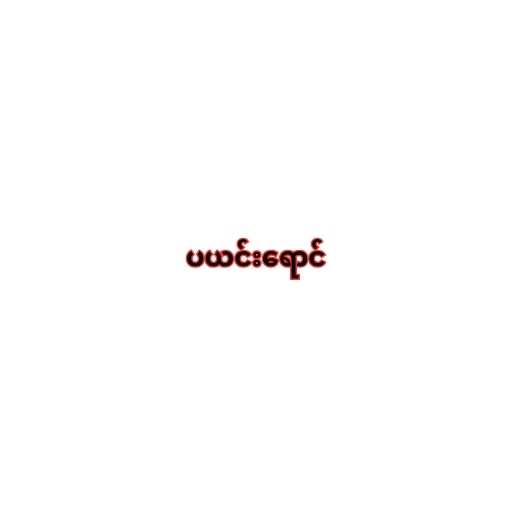
ပယင်းရောင်